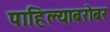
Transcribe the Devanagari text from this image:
पाहिल्याबरोबर